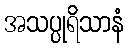
အသပ္ပုရိသာနံ